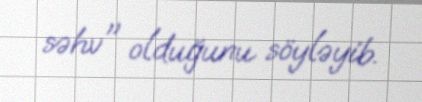
səhv" olduğunu söyləyib.